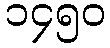
၁၄၅၀